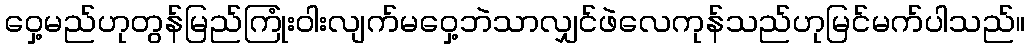
ဝှေ့မည်ဟုတွန်မြည်ကြုံးဝါးလျက်မဝှေ့ဘဲသာလျှင်ဖဲလေကုန်သည်ဟုမြင်မက်ပါသည်။